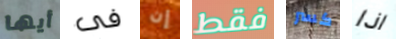
أيها فى إن فقط كسر اذا